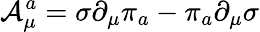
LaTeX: {\cal A}_{\mu}^{a}=\sigma\partial_{\mu}\pi_{a}-\pi_{a}\partial_{\mu}\sigma